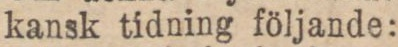
kansk tidning följande: